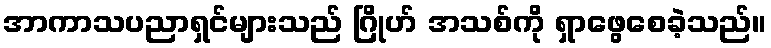
အာကာသပညာရှင်များသည် ဂြိုဟ် အသစ်ကို ရှာဖွေစေခဲ့သည်။